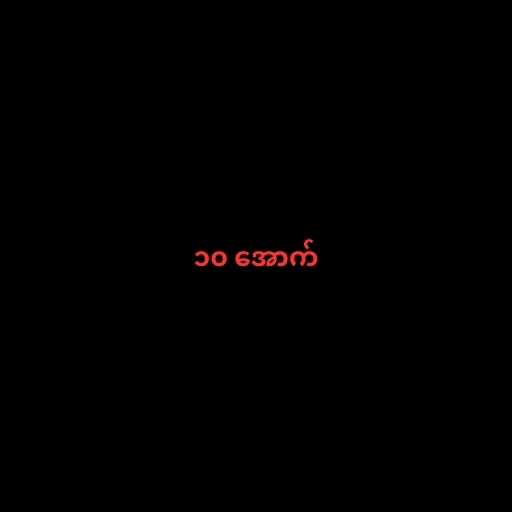
၁၀ အောက်